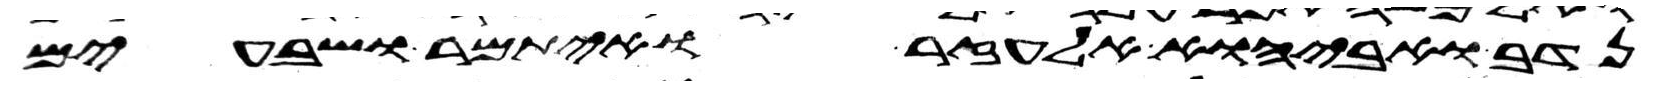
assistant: נדב ואביהוא אלעזר ואיתמר ושבעים